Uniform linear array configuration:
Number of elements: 64
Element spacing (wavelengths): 0.25
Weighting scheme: hamming
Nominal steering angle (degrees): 30
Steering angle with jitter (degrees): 31.26
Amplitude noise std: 0.05
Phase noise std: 0.05

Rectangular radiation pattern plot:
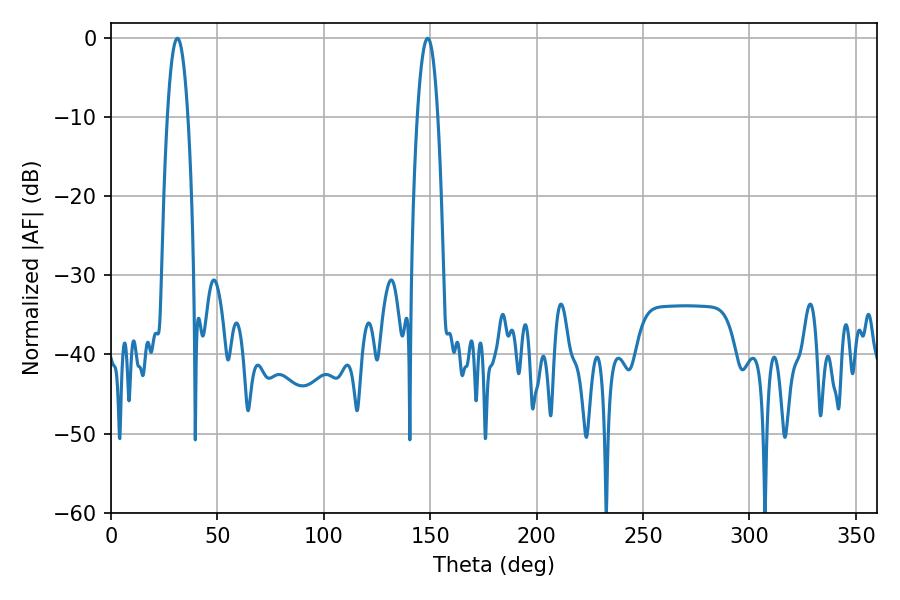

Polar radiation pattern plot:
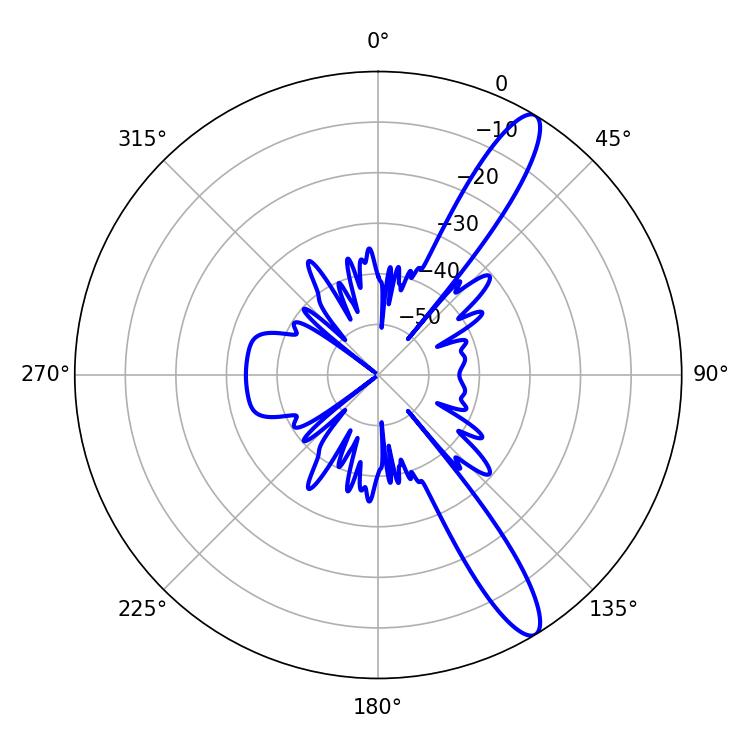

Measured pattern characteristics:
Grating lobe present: FALSE
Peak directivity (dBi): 12.838
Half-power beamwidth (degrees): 5.22
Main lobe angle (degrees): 31.14